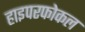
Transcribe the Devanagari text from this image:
हाइपरफोकल